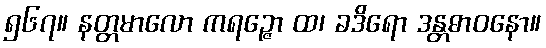
၅၆၇။ နတ္တမာလော ကရဉ္ဇော ထ၊ ခဒိရော ဒန္တဓာဝနော။